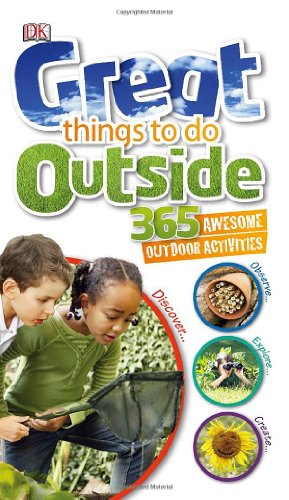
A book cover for Great Things to Do Outside; DK Publishing; Children's Books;